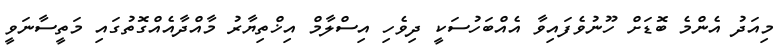
މިއަދު އެންމެ ބޮޑަށް ހޫނުވެފައިވާ އެއްބަހުސަކީ ދިވެހި އިސްލާމް އިޚްތިޔާރު މާއްދާއެއްގޮތުގައި މަތީސާނަވީ